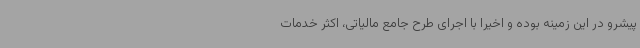
پیشرو در این زمینه بوده و اخیراً با اجرای طرح جامع مالیاتی، اکثر خدمات